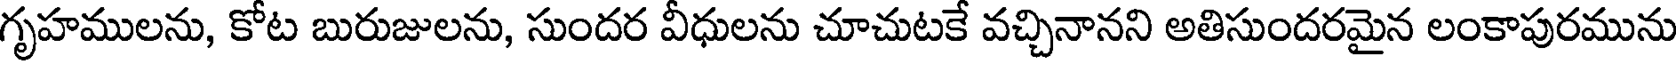
గృహములను, కోట బురుజులను, సుందర వీధులను చూచుటకే వచ్చినానని అతిసుందరమైన లంకాపురమును